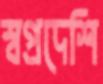
স্বপ্রদেশি